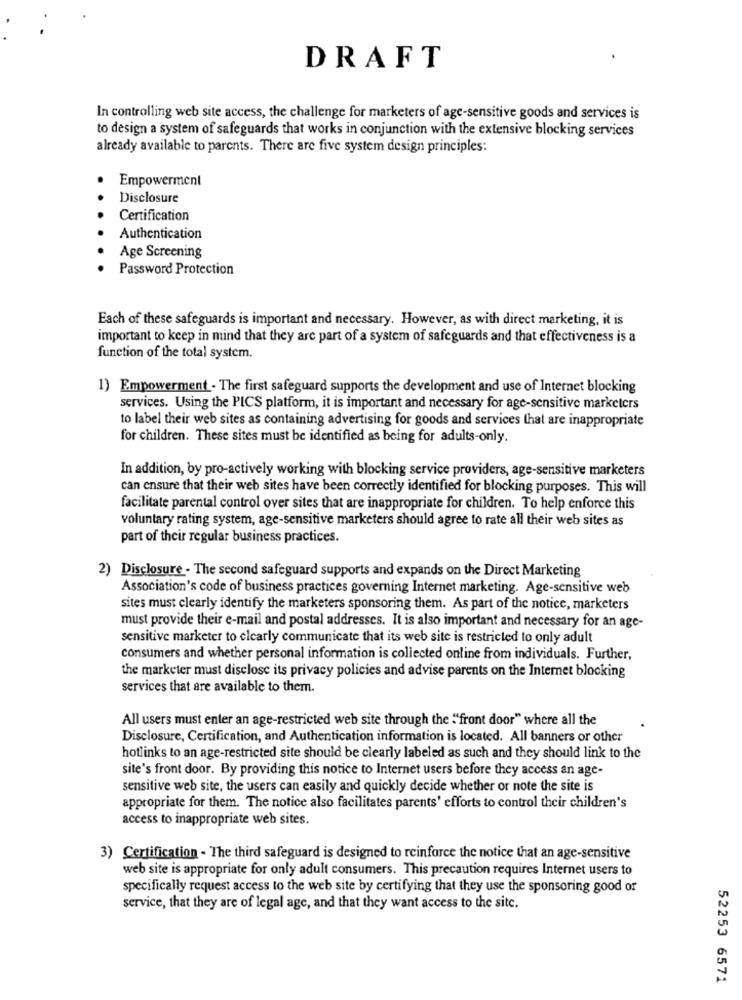
DRAFT
In controlling web site access, the challenge for marketers of age-sensitive goods and services is
to design a system of safeguards that works in conjunction with the extensive blocking services
already available to parents. There are five system design principles:
Empowerment
Disclosure
Certification
Authentication
Age Screening
Password Protection
Each of these safeguards is important and necessary. However, as with direct marketing, it is
important to keep in mind that they are part of a system of safeguards and that effectiveness is a
function of the total system.
1) Empowerment . The first safeguard supports the development and use of Internet blocking
services. Using the PICS platform, it is important and necessary for age-sensitive marketers
to label their web sites as containing advertising for goods and services that are inappropriate
for children. These sites must be identified as being for adults-only.
In addition, by pro-actively working with blocking service providers, age-sensitive marketers
can ensure that their web sites have been correctly identified for blocking purposes. This will
facilitate parental control over sites that are inappropriate for children. To help enforce this
voluntary rating system, age-sensitive marketers should agree to rate all their web sites as
part of their regular business practices.
2) Disclosure - The second safeguard supports and expands on the Direct Marketing
Association's code of business practices governing Internet marketing. Age-sensitive web
sites must clearly identify the marketers sponsoring them. As part of the notice, marketers
must provide their e-mail and postal addresses. It is also important and necessary for an age-
sensitive marketer to clearly communicate that its web site is restricted to only adult
consumers and whether personal information is collected online from individuals. Further,
the marketer must disclose its privacy policies and advise parents on the Internet blocking
services that are available to them.
All users must enter an age-restricted web site through the ""front door" where all the
Disclosure, Certification, and Authentication information is located. All banners or other
hotlinks to an age-restricted site should be clearly labeled as such and they should link to the
site's front door. By providing this notice to Internet users before they access an age-
sensitive web site, the users can easily and quickly decide whether or note the site is
appropriate for them. The notice also facilitates parents' efforts to control their children's
access to inappropriate web sites.
3) Certification - The third safeguard is designed to reinforce the notice that an age-sensitive
web site is appropriate for only adult consumers. This precaution requires Internet users to
specifically request access to the web site by certifying that they use the sponsoring good or
service, that they are of legal age, and that they want access to the site.
52253 6571